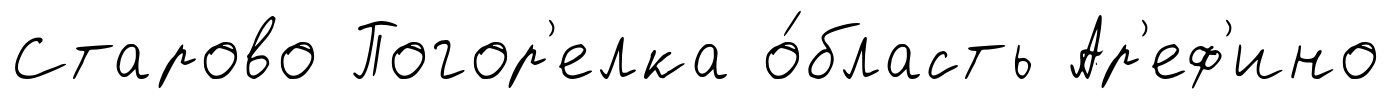
Старово Погор'елка о́бласть Ар'еф'ино